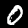
Digit: 0